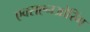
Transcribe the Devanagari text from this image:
एक्सएनओरिंग